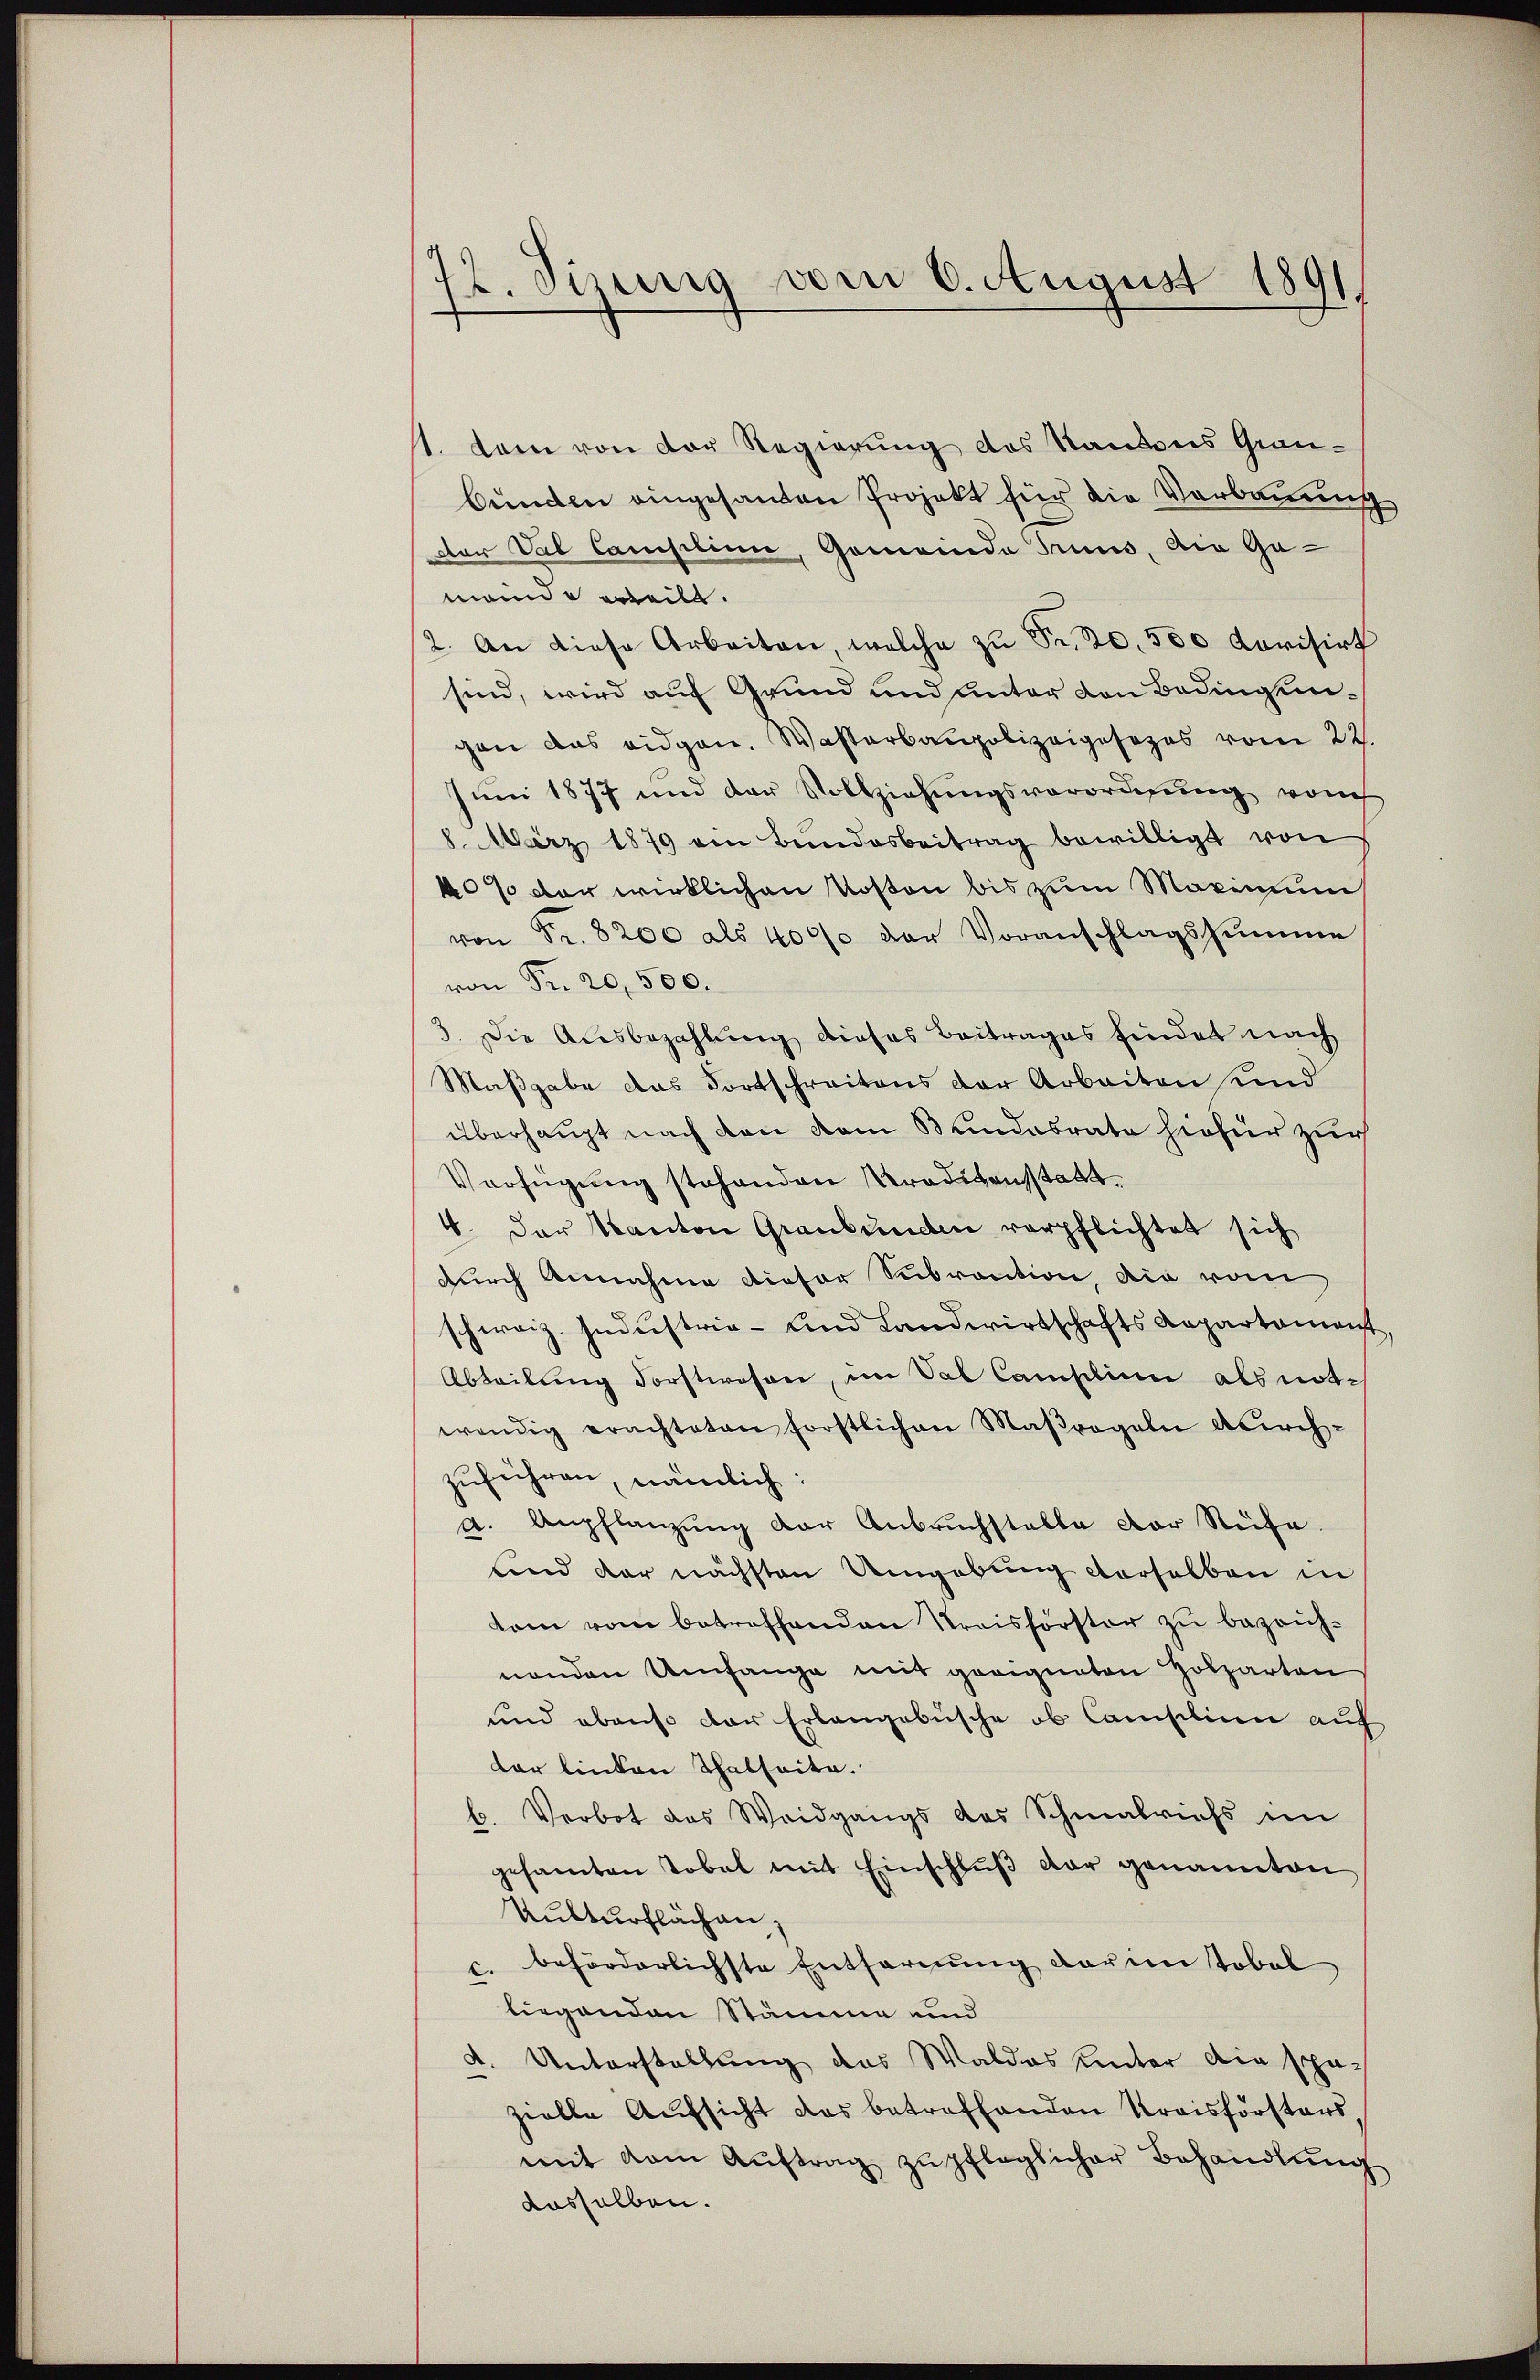
72. Sizung vom 6. August 1891

1. Dann von der Regierung des Kantons Graubunden eingesanten Projekt für die Verbauung
dor Val Camplini, Gemeinde Truns, die Ga-
mande weilt.
2. An diese Arbeiten, welche zŭ Fr. 20. 300 Kovisirt
sind, wird auf Grund und unter den Bedingungen das eidgen. Wasserbaupolizeigesezes vom 22.
Juni 1877 und der Vollziehungsverordnung vom
8. März 1879 von Bundesbeitrag bewilligt von
40% der wirklichen Kosten bis zum Maximum
von Fr. 8200 als 4000 der Voranschlagssumme
von Fr. 20,500.
3. Die Ausbezahlung dieses Beitrages findet nach
Maßgabe das Fortschreitens der Arbeiten und
überhaupt nach den dem Bundesrate hiefür zur
Verfügung stehenden Kreditensstatt¬
4. Der Kanton Graubünden verpflichtet sich
durch Annahme dieser Subrantion, die vom
schweiz. Industrie- und Landwirtschafts Repartament,
Abteilung Forstwesen, im Val Camplina als not-
wendig erachteten forstlichen Maßregeln durch-
zuführen, nämlich:
a. Anpflanzung der Anbruchstelle dor Rufe.
und der nächsten Umgebung derselben in
tem vom betreffenden Kreisförster zu bezeichnenden Umfange mit geeigneten Holzarten
und ebenso der Erlangebüsche ob Consilium auf
dar linken Thatseite.
b. Verbot des Weidgangs des Schmalrichs im
gesamten Tobel mit Einschlŭβ der genannten
Kulturflächen,
u. beförderlichste Entfernung darin Tobel
liegenden Stämme und
Unterstellung das Waldes unter die spä-
.
zielle Aufsicht das betreffenden Kreisförsters,
mit dem Aŭftrag zŭ pfleglicher Behandlŭng
dasselben.